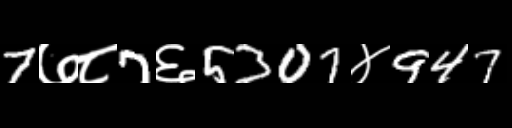
Text: 7७८7६5307४947